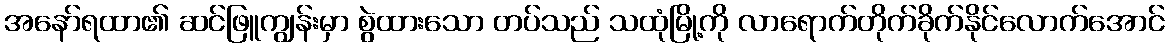
အနော်ရထာ၏ ဆင်ဖြူကျွန်းမှာ စွဲထားသော တပ်သည် သထုံမြို့ကို လာရောက်တိုက်ခိုက်နိုင်လောက်အောင်